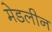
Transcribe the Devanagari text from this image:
मेडलीन